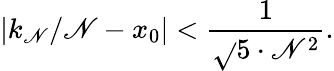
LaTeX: |k_{\mathscr{N}}/\mathscr{N}-x_{0}|<{\frac{{1}}{{{\sqrt{}{{5}}}\cdot\mathscr{N}^{2}}}}.